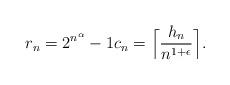
LaTeX: \begin{align*}r_{n} = 2^{n^{\alpha}} - 1 c_{n} = \Big{\lceil} \frac{h_{n}}{n^{1+\epsilon}} \Big{\rceil}.\end{align*}